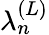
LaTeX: \lambda_{n}^{(L)}